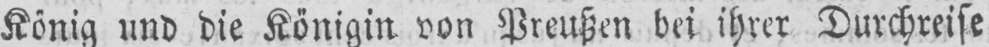
König und die Königin von Preußen bei ihrer Durchreise